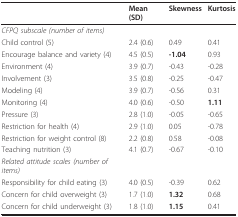
<table><thead><tr><td></td><td><b>Mean (SD)</b></td><td><b>Skewness</b></td><td><b>Kurtosis</b></td></tr></thead><tbody><tr><td><i>CFPQ subscale (number of items)</i></td><td></td><td></td><td></td></tr><tr><td>Child control (5)</td><td>2.4 (0.6)</td><td>0.49</td><td>0.41</td></tr><tr><td>Encourage balance and variety (4)</td><td>4.5 (0.5)</td><td><b>-1.04</b></td><td>0.93</td></tr><tr><td>Environment (4)</td><td>3.9 (0.7)</td><td>-0.43</td><td>-0.28</td></tr><tr><td>Involvement (3)</td><td>3.5 (0.8)</td><td>-0.25</td><td>-0.47</td></tr><tr><td>Modeling (4)</td><td>3.9 (0.7)</td><td>-0.56</td><td>0.31</td></tr><tr><td>Monitoring (4)</td><td>4.0 (0.6)</td><td>-0.50</td><td><b>1.11</b></td></tr><tr><td>Pressure (3)</td><td>2.8 (1.0)</td><td>-0.05</td><td>-0.65</td></tr><tr><td>Restriction for health (4)</td><td>2.9 (1.0)</td><td>0.05</td><td>-0.78</td></tr><tr><td>Restriction for weight control (8)</td><td>2.2 (0.8)</td><td>0.58</td><td>-0.08</td></tr><tr><td>Teaching nutrition (3)</td><td>4.1 (0.7)</td><td>-0.67</td><td>-0.10</td></tr><tr><td><i>Related attitude scales (number of items)</i></td><td></td><td></td><td></td></tr><tr><td>Responsibility for child eating (3)</td><td>4.0 (0.5)</td><td>-0.39</td><td>0.62</td></tr><tr><td>Concern for child overweight (3)</td><td>1.7 (1.0)</td><td><b>1.32</b></td><td>0.68</td></tr><tr><td>Concern for child underweight (3)</td><td>1.8 (1.0)</td><td><b>1.15</b></td><td>0.41</td></tr></tbody></table>